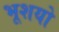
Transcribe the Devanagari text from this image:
भूशयो